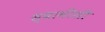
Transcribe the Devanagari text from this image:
स्वामींशी